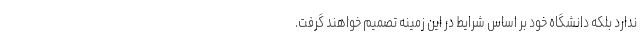
ندارد بلکه دانشگاه خود بر اساس شرایط در این زمینه تصمیم خواهند گرفت.